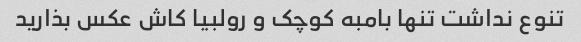
تنوع نداشت تنها بامبه کوچک و رولبیا کاش عکس بذارید